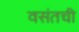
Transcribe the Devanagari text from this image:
वसंतची